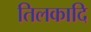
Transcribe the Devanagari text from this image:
तिलकादि